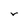
Character: v